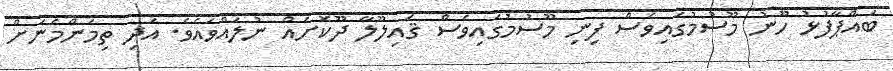
ބައްޕާފުޅު ހޫނު މޫސުމުގައިވެސް ފިނި މޫސުމުގައިވެސް ޤައިލޫލާ ދޫކޮށެއް ނުލައްވައެވެ. އަދި ތިމަންމެނަށް